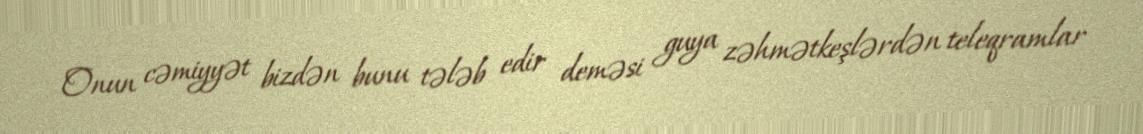
Onun cəmiyyət bizdən bunu tələb edir deməsi guya zəhmətkeşlərdən teleqramlar